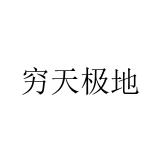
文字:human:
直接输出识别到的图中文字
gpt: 穷天极地